Treatise on elephants
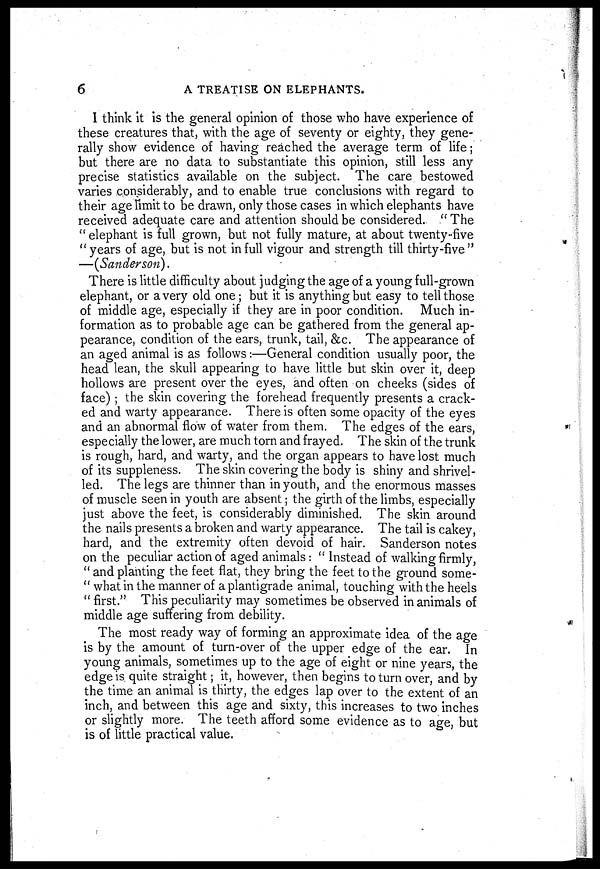
6
A TREATISE ON ELEPHANTS.
I think it is the general opinion of those who have experience of
these creatures that, with the age of seventy or eighty, they gene-
rally show evidence of having reached the average term of life;
but there are no data to substantiate this opinion, still less any
precise statistics available on the subject. The care bestowed
varies considerably, and to enable true conclusions with regard to
their age limit to be drawn, only those cases in which elephants have
received adequate care and attention should be considered. " The
" elephant is full grown, but not fully mature, at about twenty five
" years of age, but is not in full vigour and strength till thirty-five"
—(Sanderson).
There is little difficulty about judging the age of a young full-grown
elephant, or a very old one ; but it is anything but easy to tell those
of middle age, especially if they are in poor condition. Much in-
formation as to probable age can be gathered from the general ap-
pearance, condition of the ears, trunk, tail, &c. The appearance of
an aged animal is as follows:—General condition usually poor, the
head lean, the skull appearing to have little but skin over it, deep
hollows are present over the eyes, and often on cheeks (sides of
face) ; the skin covering the forehead frequently presents a crack-
ed and warty appearance. There is often some opacity of the eyes
and an abnormal flow of water from them. The edges of the ears,
especially the lower, are much torn and frayed. The skin of the trunk
is rough, hard, and warty, and the organ appears to have lost much
of its suppleness. The skin covering the body is shiny and shrivel-
led. The legs are thinner than in youth, and the enormous masses
of muscle seen in youth are absent; the girth of the limbs, especially
just above the feet, is considerably diminished. The skin around
the nails presents a broken and warty appearance. The tail is cakey,
hard, and the extremity often devoid of hair. Sanderson notes
on the peculiar action of aged animals : " Instead of walking firmly,
" and planting the feet flat, they bring the feet to the ground some-
" what in the manner of a plantigrade animal, touching with the heels
" first." This peculiarity may sometimes be observed in animals of
middle age suffering from debility.
The most ready way of forming an approximate idea of the age
is by the amount of turn-over of the upper edge of the ear. In
young animals, sometimes up to the age of eight or nine years, the
edge is quite straight; it, however, then begins to turn over, and by
the time an animal is thirty, the edges lap over to the extent of an
inch, and between this age and sixty, this increases to two inches
or slightly more. The teeth afford some evidence as to age, but
is of little practical value.